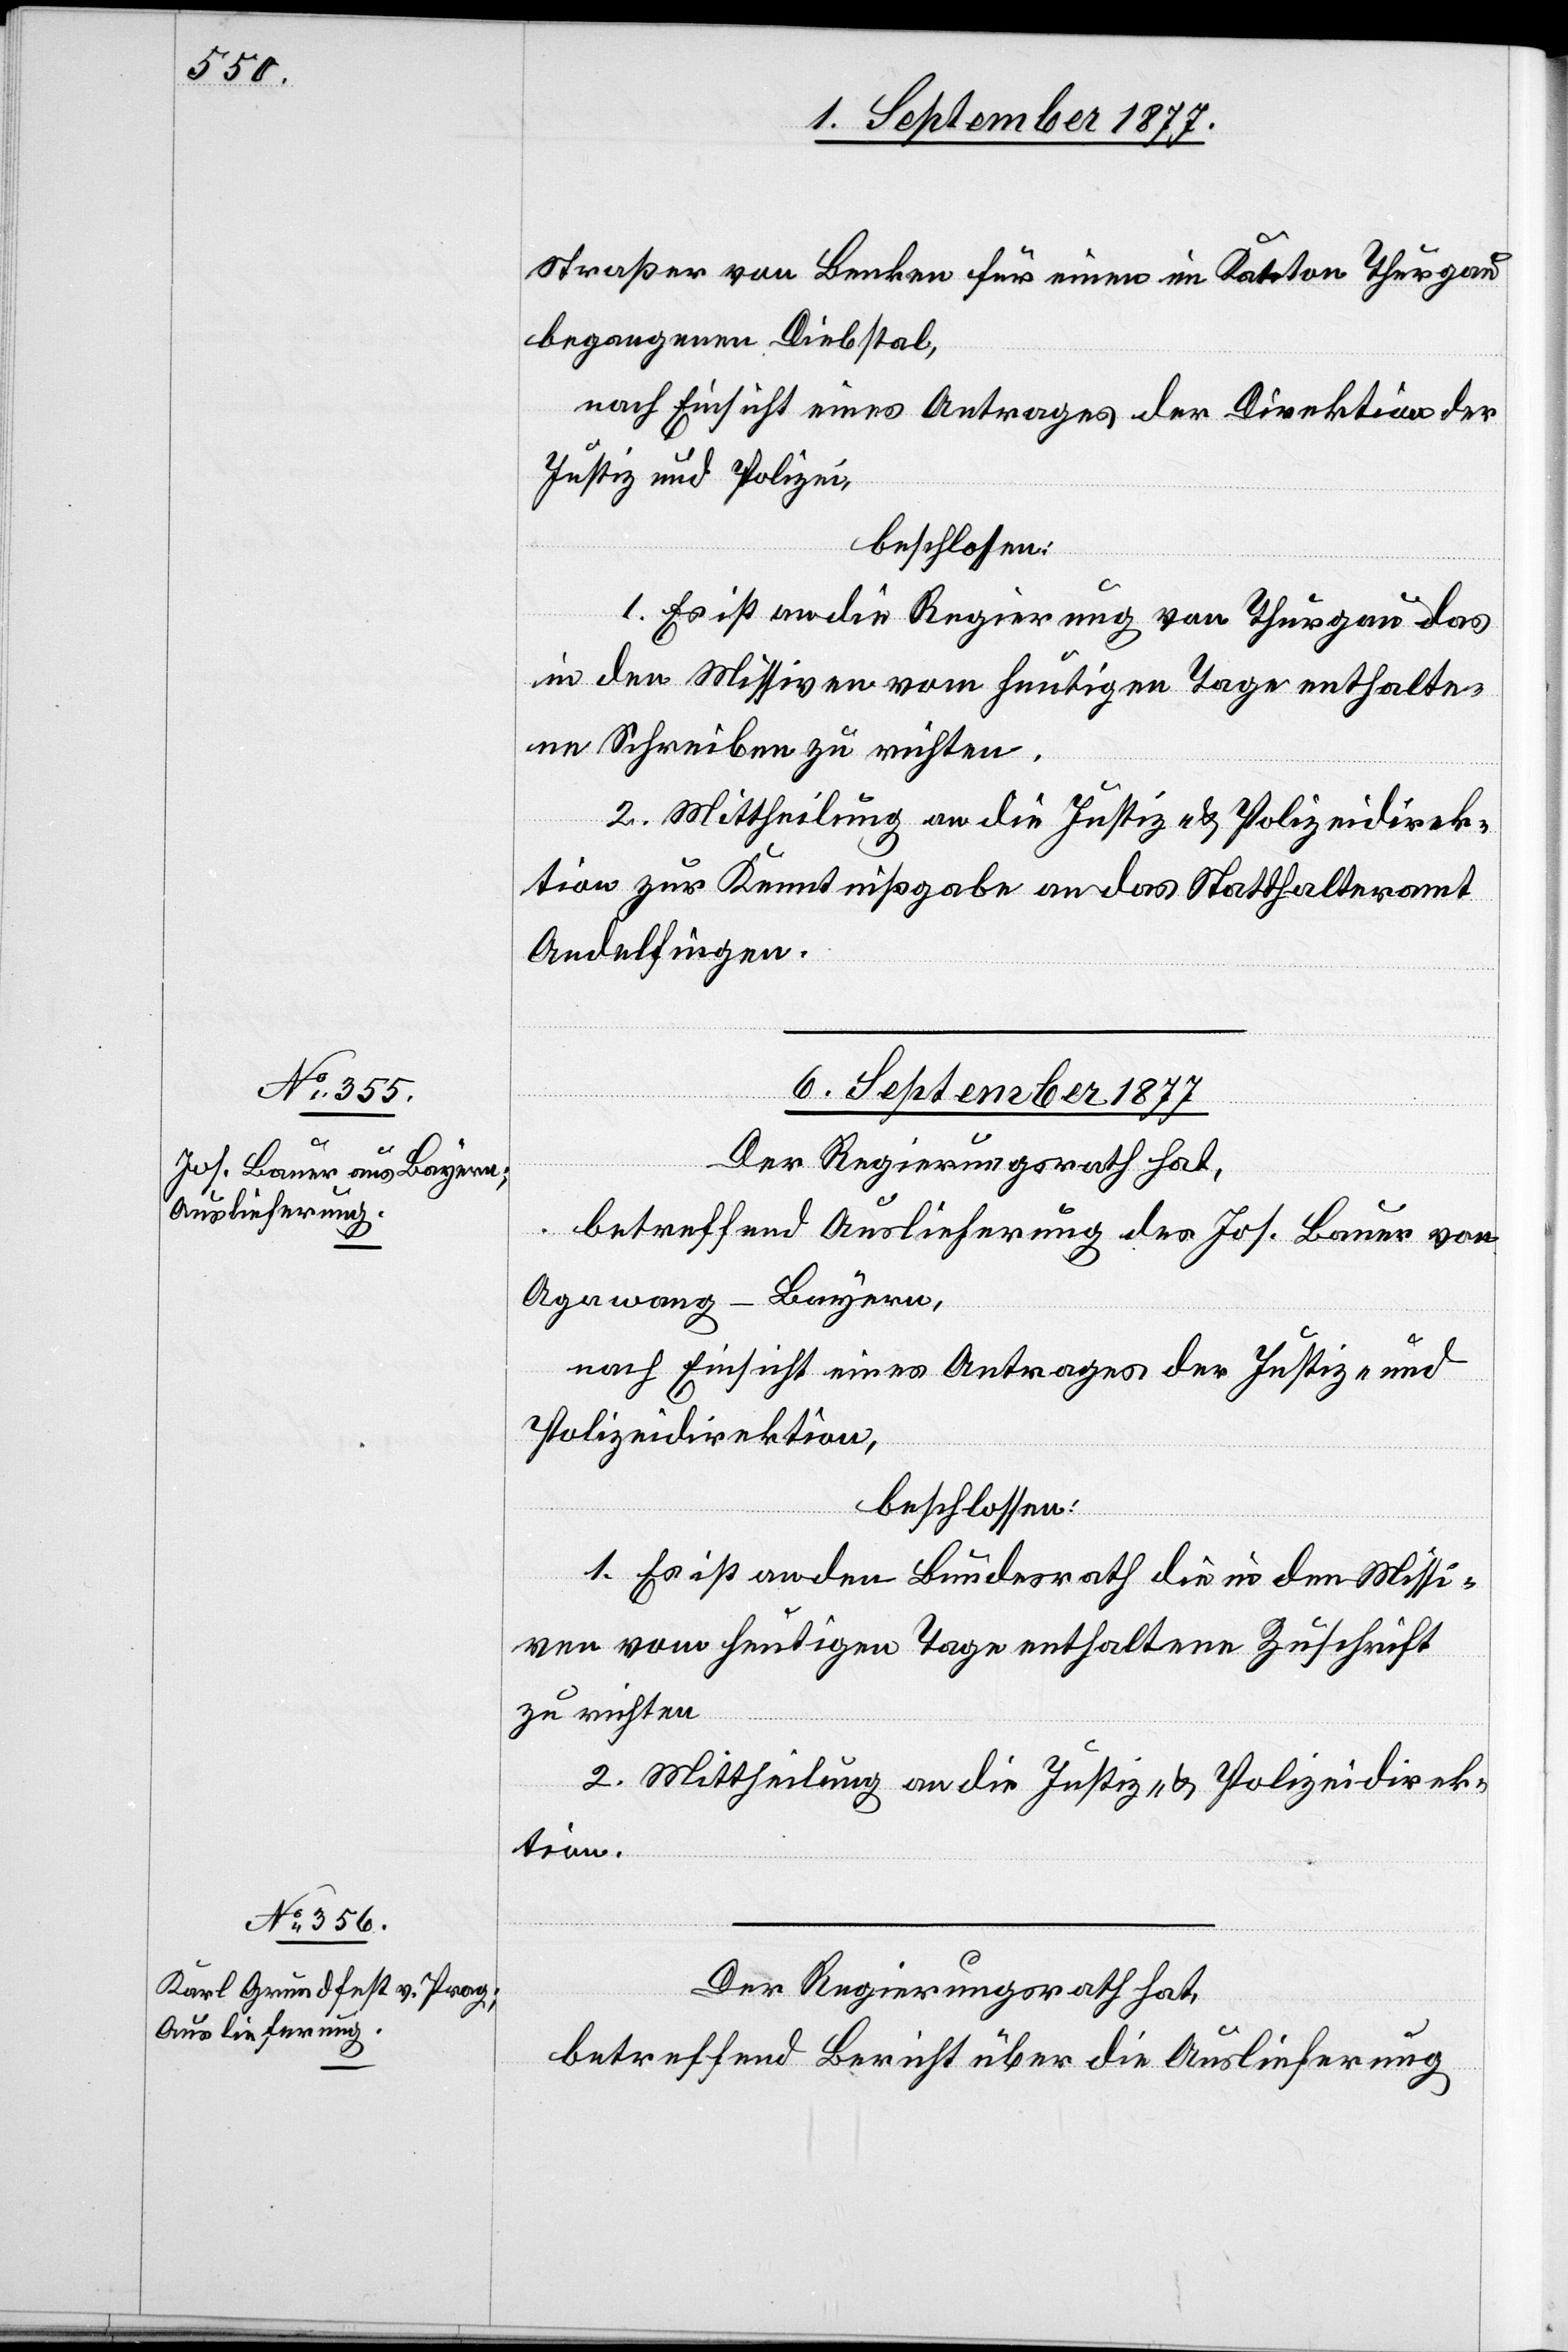
Straßer von Benken für einen im Kanton Thurgau
begangenen Diebstal,
nach Einsicht eines Antrages der Direktion der
Justiz und Polizei,
beschlossen:
1. Es ist an die Regierung von Thurgau das
in den Missiven vom heutigen Tage enthalte¬
ne Schreiben zu richten.
2. Mittheilung an die Justiz- & Polizeidirek¬
tion zur Kenntnißgabe an das Statthalteramt
Andelfingen.
6. September 1877]
Der Regierungsrath hat,
betreffend Auslieferung des Jos. Bauer von
Agawang - Bayern,
nach Einsicht eines Antrages der Justiz- und
Polizeidirektion,
beschlossen:
1. Es ist an den Bundesrath die in den Missi¬
ven vom heutigen Tage enthaltene Zuschrift
zu richten
2. Mittheilung an die Justiz- & Polizeidirek¬
tion.
betreffend Bericht über die Auslieferung